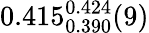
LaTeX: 0.415_{0.390}^{0.424}(9)